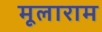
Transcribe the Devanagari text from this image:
मूलाराम